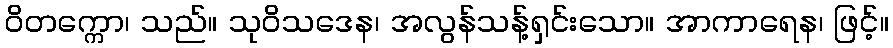
ဝိတက္ကော၊ သည်။ သုဝိသဒေန၊ အလွန်သန့်ရှင်းသော။ အာကာရေန၊ ဖြင့်။